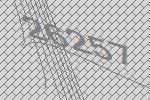
26257